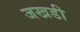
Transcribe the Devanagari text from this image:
जखडी